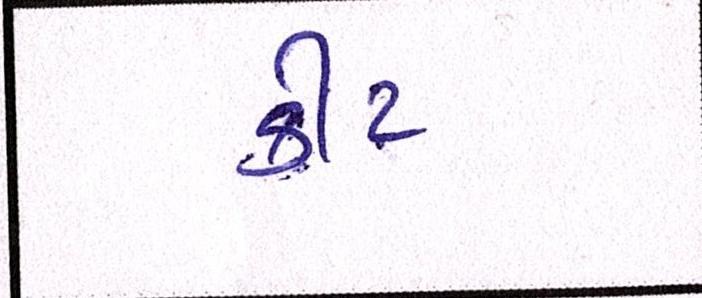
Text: કીટ